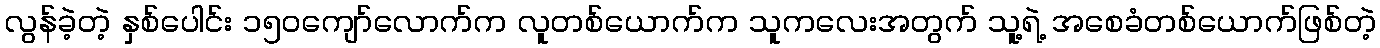
လွန်ခဲ့တဲ့ နှစ်ပေါင်း ၁၅၀ကျော်လောက်က လူတစ်ယောက်က သူကလေးအတွက် သူ့ရဲ့ အစေခံတစ်ယောက်ဖြစ်တဲ့